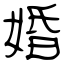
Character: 婚